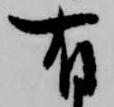
有